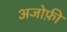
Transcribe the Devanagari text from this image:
अजोफ़ी